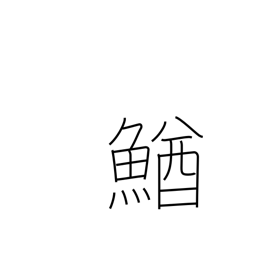
Meaning: loach (fish)